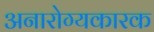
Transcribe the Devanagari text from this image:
अनारोग्यकारक